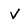
Character: V